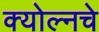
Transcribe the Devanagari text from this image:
क्योल्नचे